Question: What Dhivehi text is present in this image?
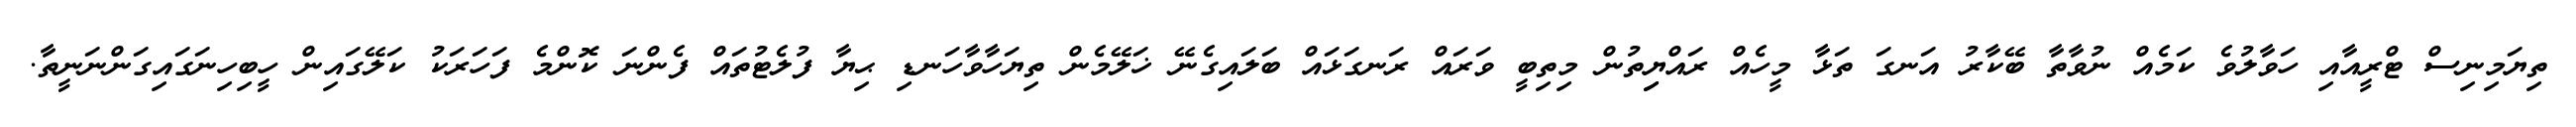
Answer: ތިޔަމިނިސް ޓްރީއާއި ހަވާލުވެ ކަމެއް ނުވާތާ ބޭކާރު އަނގަ ތަޅާ މީހެއް ރައްޔިިތުން މިތިބީ ވަރައް ރަނގަޅައް ބަލައިގެނޭ ޚަލޭމެން ތިޔަހާވާހަނޑި ޙިޔާ ފުލެޓުތައް ފެންނަ ކޮންމެ ފަހަރަކު ކަލޭގައިން ހީބިހިނަގައިގަންނަނީތާ.